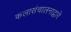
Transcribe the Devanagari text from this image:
कलासंचालनाद्वारे